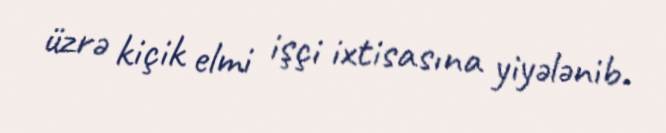
üzrə kiçik elmi işçi ixtisasına yiyələnib.